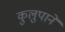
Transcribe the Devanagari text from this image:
कुलुपाने